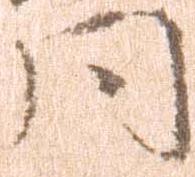
同